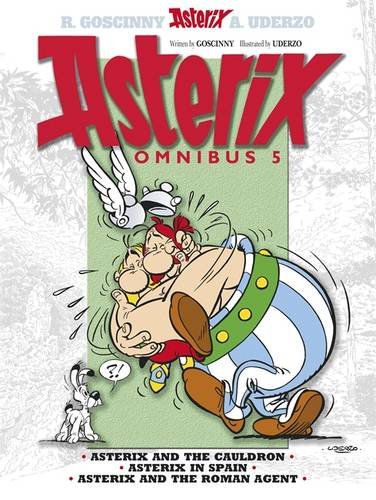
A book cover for Asterix Omnibus 5: Includes Asterix and the Cauldron #13, Asterix in Spain #14, and Asterix and the Roman Agent #15; Rene Goscinny; Comics & Graphic Novels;